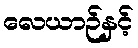
လေယာဉ်နှင့်